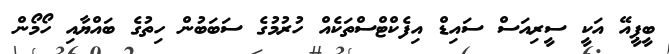
ބީޕީއޭ އަކީ ސީރިއަސް ސައިޑް އިފެކްޓްސްތަކެއް ހުރުމުގެ ސަބަބުން ހިތުގެ ބައްޔާއި ހޯމޯން